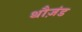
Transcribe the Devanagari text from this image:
थौज़ंड